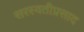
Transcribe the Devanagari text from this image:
सरस्वतीप्रसाद